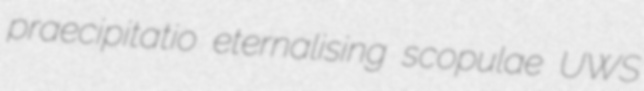
praecipitatio eternalising scopulae UWS